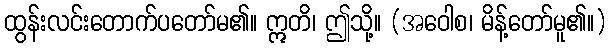
ထွန်းလင်းတောက်ပတော်မ၏။ ဣတိ၊ ဤသို့။ (အဝေါစ၊ မိန့်တော်မူ၏။)